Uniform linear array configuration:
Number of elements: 12
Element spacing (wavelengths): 0.25
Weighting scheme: blackman
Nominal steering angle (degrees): -45
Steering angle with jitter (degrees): -45.634
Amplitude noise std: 0.05
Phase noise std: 0.05

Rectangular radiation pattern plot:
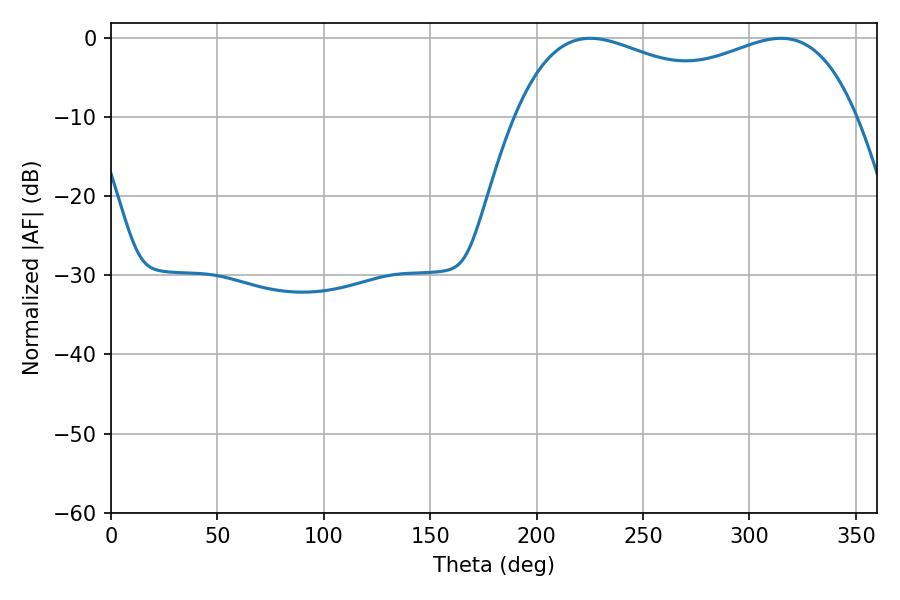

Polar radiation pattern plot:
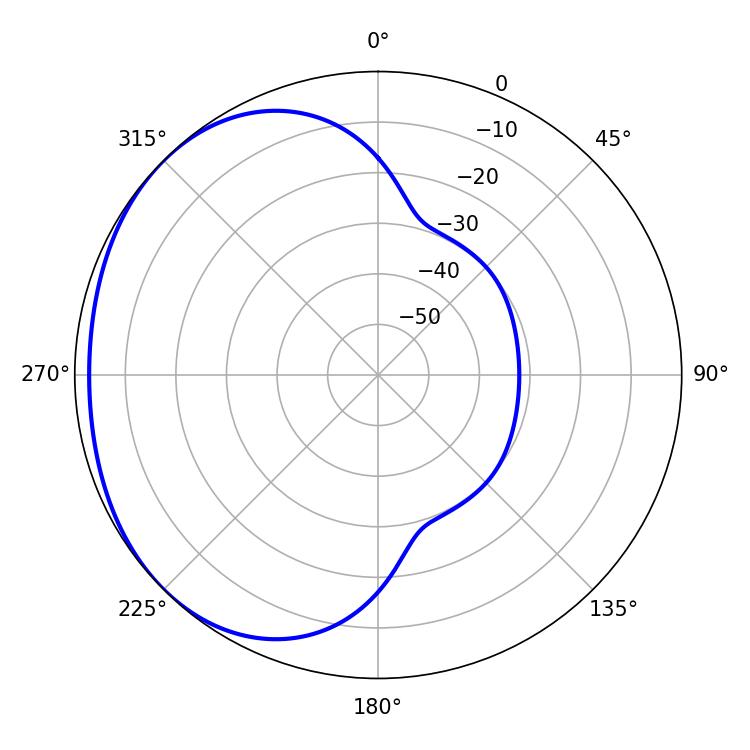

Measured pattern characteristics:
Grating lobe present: FALSE
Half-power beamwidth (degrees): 131.76
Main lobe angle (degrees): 225.18